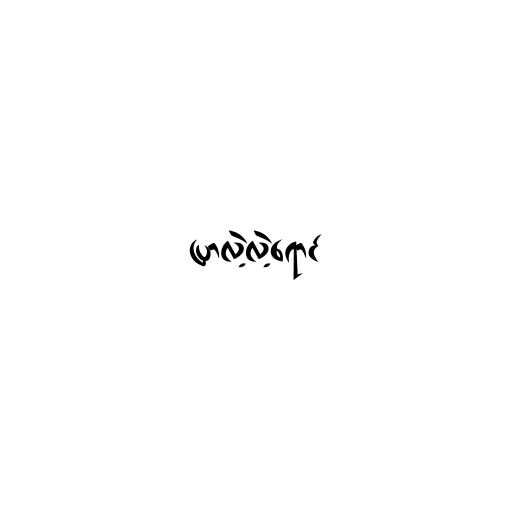
ပြာလဲ့လဲ့ရောင်